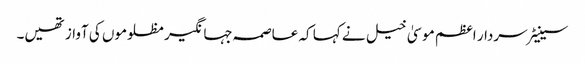
سینیٹر سردار اعظم موسیٰ خیل نے کہا کہ عاصمہ جہانگیر مظلوموں کی آواز تھیں۔